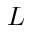
L